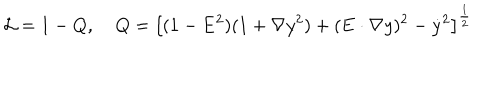
LaTeX: { \cal L } = 1 - Q , \; \; \: \; Q = \left[ ( 1 - { \bf E } ^ { 2 } ) ( 1 + { \bf \nabla } y ^ { 2 } ) + ( { \bf E } \cdot { \bf \nabla } y ) ^ { 2 } - { \dot { y } } ^ { 2 } \right] ^ { \frac { 1 } { 2 } }